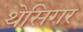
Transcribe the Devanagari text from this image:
थेसिगर